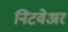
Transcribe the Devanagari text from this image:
निटवेअर